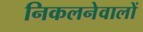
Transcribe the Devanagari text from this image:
निकलनेवालों